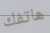
هاتفك